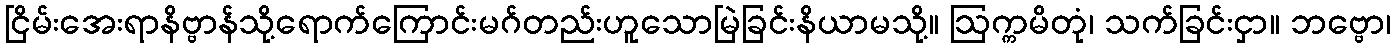
ငြိမ်းအေးရာနိဗ္ဗာန်သို့ရောက်ကြောင်းမဂ်တည်းဟူသောမြဲခြင်းနိယာမသို့။ ဩက္ကမိတုံ၊ သက်ခြင်းငှာ။ ဘဗ္ဗော၊